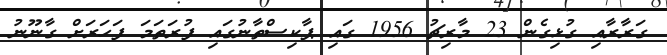
ގަރާރާއި ގުޅިގެން 23 މާރިޗު 1956 ގައި ޕާކިސްތާނުގައި ފުރަތަމަ ފަހަރަށް ގާނޫނު